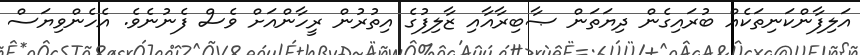
އަލިފާންކަނިތަކެއް ބުރައިގެން ދިޔަތަން ޞާބިރާއާއި ޒާލިފުގެ އިތުރުން ރީހާންއަށް ވެސް ފެނުނެވެ. އެހެންވިޔަސް